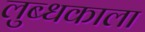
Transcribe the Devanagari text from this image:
लुब्धकाला